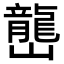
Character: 𡾩